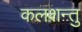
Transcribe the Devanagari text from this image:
कलशन्तु